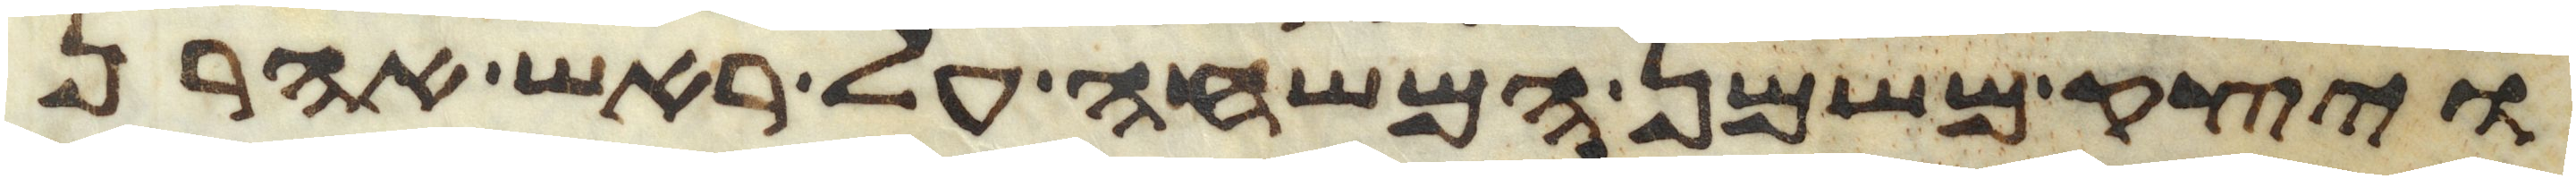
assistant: ויצק משמן המשחה על ראש אהרן